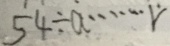
5 4 \div a \cdots \dot { r }